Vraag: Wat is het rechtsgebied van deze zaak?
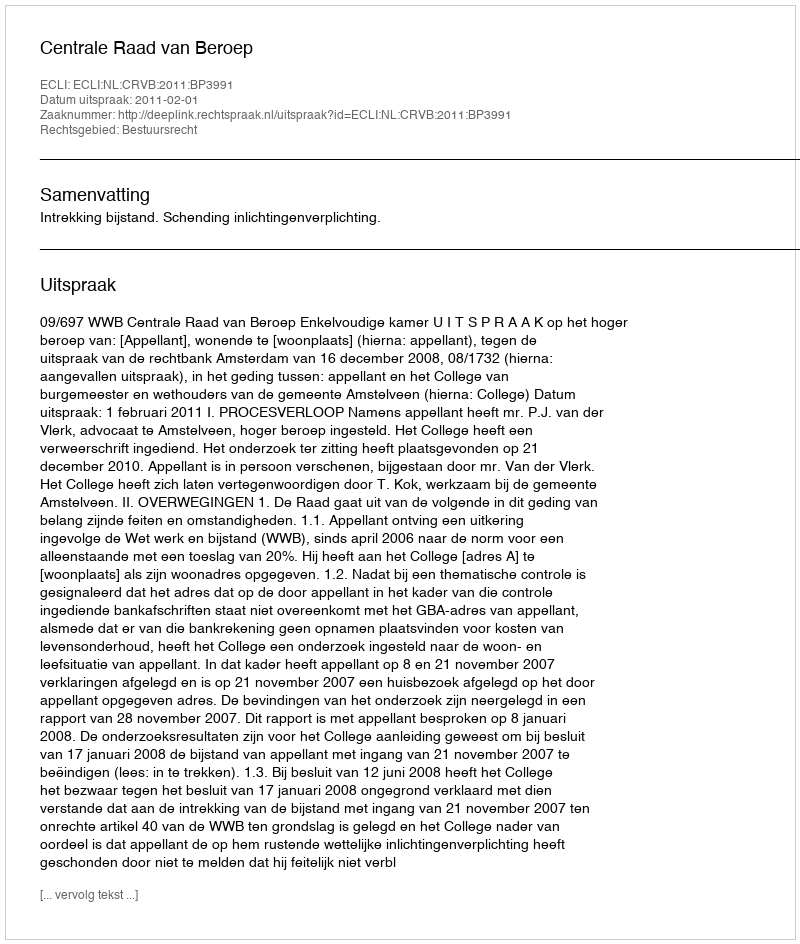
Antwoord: Bestuursrecht